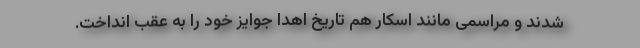
شدند و مراسمی مانند اسکار هم تاریخ اهدا جوایز خود را به عقب انداخت.